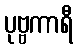
ပုဗ္ဗကာရီ